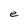
Character: e